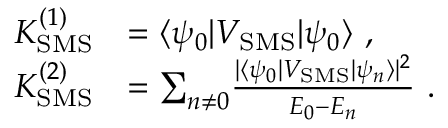
\begin{array} { r l } { K _ { \mathrm { S M S } } ^ { ( 1 ) } } & { = \langle \psi _ { 0 } | V _ { \mathrm { S M S } } | \psi _ { 0 } \rangle \ , } \\ { K _ { \mathrm { S M S } } ^ { ( 2 ) } } & { = { \sum _ { n \neq 0 } } \frac { | \langle \psi _ { 0 } | V _ { \mathrm { S M S } } | \psi _ { n } \rangle | ^ { 2 } } { E _ { 0 } - E _ { n } } \ . } \end{array}